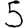
Digit: 5